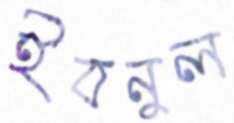
ইবনুল